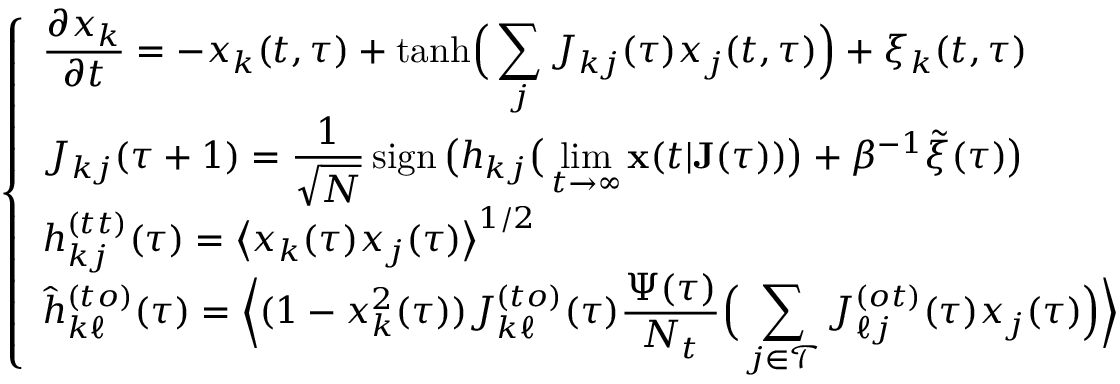
\left\{ \begin{array} { l } { \displaystyle \frac { \partial x _ { k } } { \partial t } = - x _ { k } ( t , \tau ) + \mathrm { t a n h } \Big ( \sum _ { j } J _ { k j } ( \tau ) x _ { j } ( t , \tau ) \Big ) + \xi _ { k } ( t , \tau ) \, } \\ { \displaystyle J _ { k j } ( \tau + 1 ) = \frac { 1 } { \sqrt { N } } \, \mathrm { s i g n } \, \big ( h _ { k j } \big ( \operatorname* { l i m } _ { t \rightarrow \infty } \mathbf { x } ( t | \mathbf { J } ( \tau ) ) \big ) + \beta ^ { - 1 } \tilde { \xi } ( \tau ) \big ) } \\ { \displaystyle h _ { k j } ^ { ( t t ) } ( \tau ) = \big \langle x _ { k } ( \tau ) x _ { j } ( \tau ) \big \rangle ^ { 1 / 2 } } \\ { \displaystyle \hat { h } _ { k \ell } ^ { ( t o ) } ( \tau ) = \Big \langle ( 1 - x _ { k } ^ { 2 } ( \tau ) ) J _ { k \ell } ^ { ( t o ) } ( \tau ) \frac { \Psi ( \tau ) } { N _ { t } } \Big ( \sum _ { j \in \mathcal { T } } J _ { \ell j } ^ { ( o t ) } ( \tau ) x _ { j } ( \tau ) \Big ) \Big \rangle \, } \end{array} \right. \,